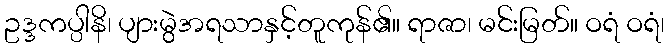
ဥဒ္ဒကပ္ပါနိ၊ ပျားမွဲအရသာနှင့်တူကုန်၏။ ရာဇာ၊ မင်းမြတ်။ ဝရံ ဝရံ၊